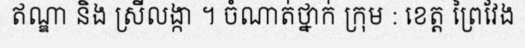
ឥណ្ឌា និង ស្រីលង្កា ។ ចំណាត់ថ្នាក់ ក្រុម : ខេត្ត ព្រៃវែង